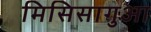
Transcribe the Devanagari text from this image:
मिसिसागुआ